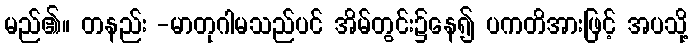
မည်၏။ တနည်း -မာတုဂါမသည်ပင် အိမ်တွင်း၌နေ၍ ပကတိအားဖြင့် အပသို့